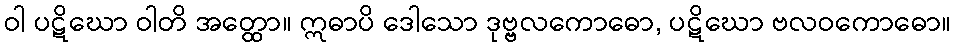
ဝါ ပဋိဃော ဝါတိ အတ္ထော။ ဣဓာပိ ဒေါသော ဒုဗ္ဗလကောဓော, ပဋိဃော ဗလဝကောဓော။